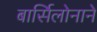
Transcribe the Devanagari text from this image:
बार्सिलोनाने